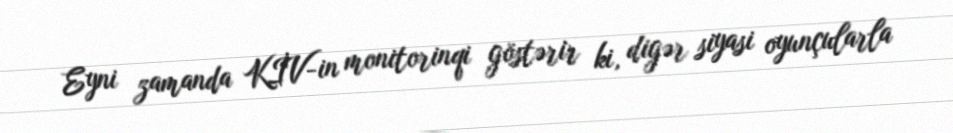
Eyni zamanda KİV-in monitorinqi göstərir ki, digər siyasi oyunçularla